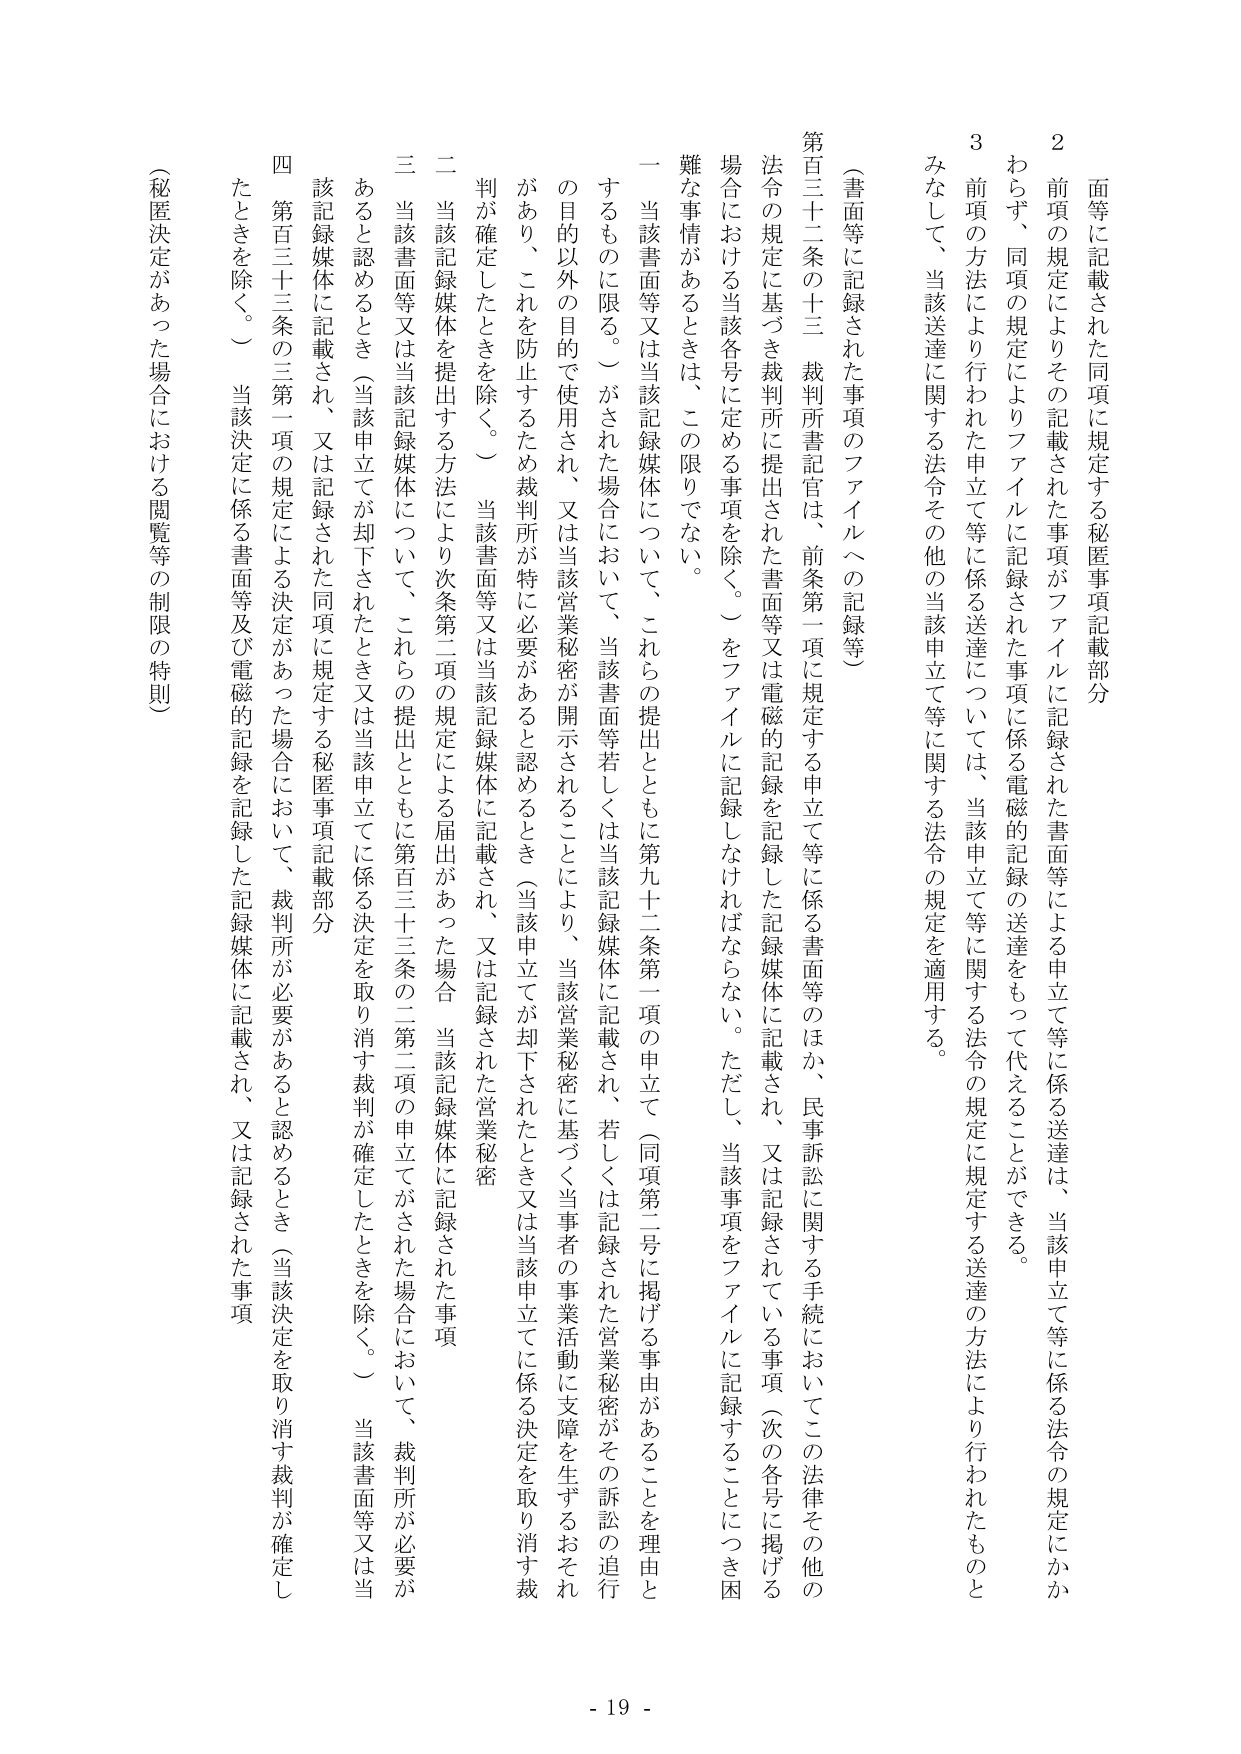
面等に記載された同項に規定する秘匿事項記載部分

2 前項の規定によりその記載された事項がファイルに記録された書面等による申立て等に係る送達は、当該申立て等に係る法令の規定にかかわらず、同項の規定によりファイルに記録された事項に係る電磁的記録の送達をもって代えることができる。

3 前項の方法により行われた申立て等に係る送達については、当該申立て等に関する法令の規定に規定する送達の方法により行われたものとみなして、当該送達に関する法令その他の当該申立て等に関する法令の規定を適用する。

（書面等に記録された事項のファイルへの記録等）

第百三十二条の十三 裁判所書記官は、前条第一項に規定する申立て等に係る書面等のほか、民事訴訟に関する手続においてこの法律その他の法令の規定に基づき裁判所に提出された書面等又は電磁的記録を記録した記録媒体に記載され、又は記録されている事項（次の各号に掲げる場合における当該各号に定める事項を除く。）をファイルに記録しなければならない。ただし、当該事項をファイルに記録することにつき困難な事情があるときは、この限りでない。

一 当該書面等又は当該記録媒体について、これらの提出とともに第百三十二条第一項の申立て（同項第二号に掲げる事由があることを理由とするものに限る。）がされた場合において、当該書面等若しくは当該記録媒体に記載され、若しくは記録された営業秘密がその訴訟の追行の目的以外の目的で使用され、又は当該営業秘密が開示されることにより、当該営業秘密に基づく当事者の事業活動に支障を生ずるおそれがあり、これを防止するため裁判所が特に必要があると認めるとき（当該申立てが却下されたとき又は当該申立てに係る決定を取り消す裁判が確定したときを除く。）

二 当該記録媒体を提出する方法により次条第二項の規定による届出があった場合、当該記録媒体に記録された事項

三 当該書面等又は当該記録媒体について、これらの提出とともに第百三十三条の二第二項の申立てがされた場合において、裁判所が必要があると認めるとき（当該申立てが却下されたとき又は当該申立てに係る決定を取り消す裁判が確定したときを除く。）当該書面等又は当該記録媒体に記載され、又は記録された営業秘密

四 第百三十三条の三第一項の規定による決定があった場合において、裁判所が必要があると認めるとき（当該決定を取り消す裁判が確定したときを除く。）当該決定に係る書面等及び電磁的記録を記録した記録媒体に記載され、又は記録された事項

（秘匿決定があった場合における閲覧等の制限の特則）

- 19 -